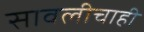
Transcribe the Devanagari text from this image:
सावलीचाही